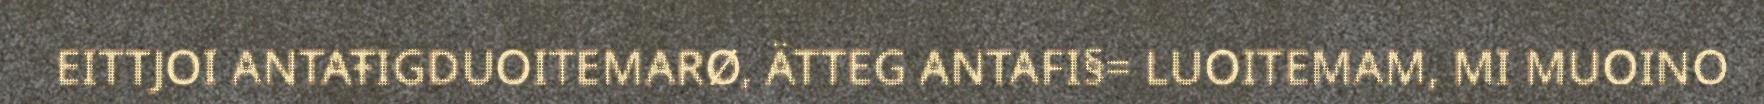
EITTJOI ANTAŦIGDUOITEMARØ, ÄTTEG ANTAFI§= LUOITEMAM, MI MUOINO